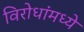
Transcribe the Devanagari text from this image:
विरोधांमध्ये